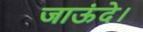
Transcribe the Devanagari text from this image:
जाऊंदे।